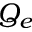
Q _ { e }